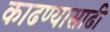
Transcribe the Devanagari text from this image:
काढण्यासाढी